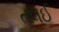
તલઈ